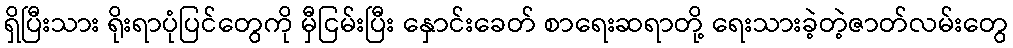
ရှိပြီးသား ရိုးရာပုံပြင်တွေကို မှီငြမ်းပြီး နှောင်းခေတ် စာရေးဆရာတို့ ရေးသားခဲ့တဲ့ဇာတ်လမ်းတွေ